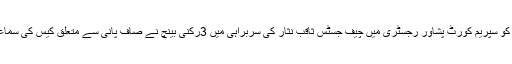
جمعے کو سپریم کورٹ پشاور رجسٹری میں چیف جسٹس ثاقب نثار کی سربراہی میں 3رکنی بینچ نے صاف پانی سے متعلق کیس کی سماعت کی۔